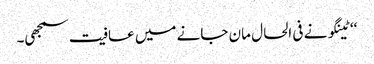
‘‘ ٹینگو نے فی الحال مان جانے میں عافیت سمجھی۔